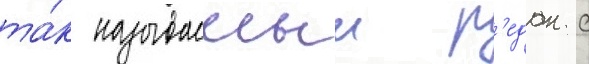
та́к называемыи р'едан с